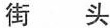
街头